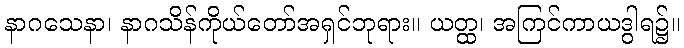
နာဂသေနာ၊ နာဂသိန်ကိုယ်တော်အရှင်ဘုရား။ ယတ္ထ၊ အကြင်ကာယဒွါရ၌။